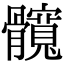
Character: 髖